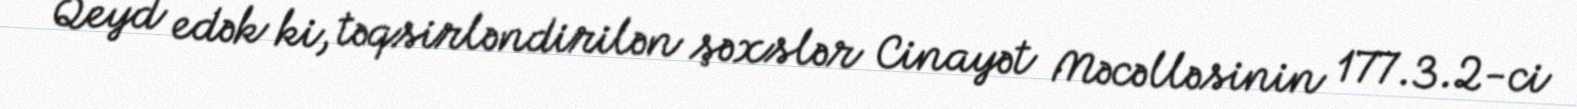
Qeyd edək ki, təqsirləndirilən şəxslər Cinayət Məcəlləsinin 177.3.2-ci